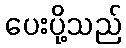
ပေးပို့သည်